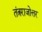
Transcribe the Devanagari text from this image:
तंत्रराजोत्तर